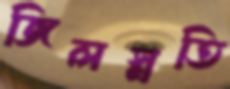
জিলস্নতি